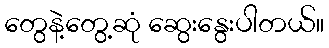
တွေနဲ့တွေ့ဆုံ ဆွေးနွေးပါတယ်။